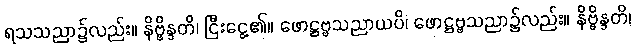
ရသသညာ၌လည်း။ နိဗ္ဗိန္ဒတိ၊ ငြီးငွေ့၏။ ဖောဋ္ဌဗ္ဗသညာယပိ၊ ဖောဋ္ဌဗ္ဗသညာ၌လည်း။ နိဗ္ဗိန္ဒတိ၊